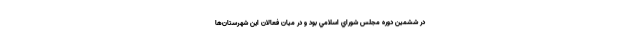
در ششمين دوره مجلس شوراي اسلامي بود و در ميان فعالان اين شهرستان‌ها